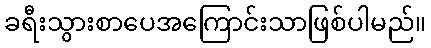
ခရီးသွားစာပေအကြောင်းသာဖြစ်ပါမည်။